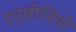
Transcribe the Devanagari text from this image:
एर्सीनियो